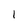
Character: I